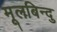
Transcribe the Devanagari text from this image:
मूलबिन्दु